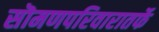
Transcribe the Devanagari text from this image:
सॊमणपरिवारातर्फे